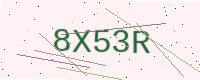
Text: 8X53R